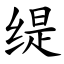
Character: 缇